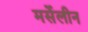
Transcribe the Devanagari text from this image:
मर्सेलीन